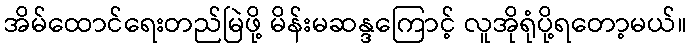
အိမ်ထောင်ရေးတည်မြဲဖို့ မိန်းမဆန္ဒကြောင့် လူအိုရုံပို့ရတော့မယ်။